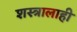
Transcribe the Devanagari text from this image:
शस्त्रालाही